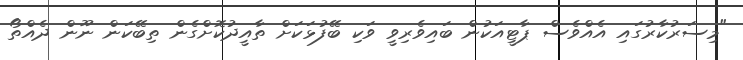
"މިސަރުކާރުގައި އެއްވެސް ޕާޓީއަކުން ބައިވެރިވީ ވަކި ބޭފުޅަކަށް ތާއީދުކޮށްގެން ތިބޭކަން ނޫން ދެއްތޯ